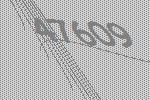
47609